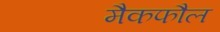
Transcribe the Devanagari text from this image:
मैकफौल